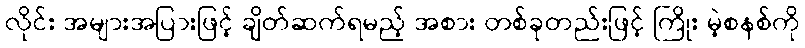
လိုင်း အများအပြားဖြင့် ချိတ်ဆက်ရမည့် အစား တစ်ခုတည်းဖြင့် ကြိုး မဲ့စနစ်ကို